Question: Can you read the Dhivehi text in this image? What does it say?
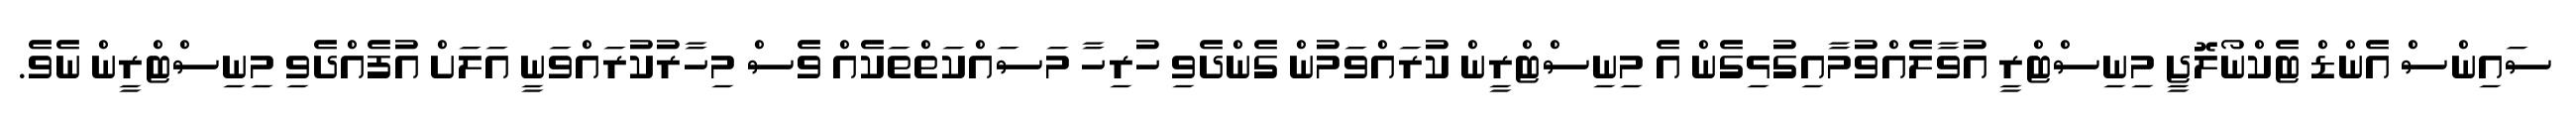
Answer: ސައިންސް އެންޑް ޓެކްނޯލޮޖީ މިނިސްޓްރީ އުވާލެއްވުމާއިގުޅިގެން އެ މިނިސްޓްރީން ކުރައްވަމުން ގެންދެވި ހުރިހާ މަސައްކަތްތަކެއް ވެސް މިހާރުކުރައްވަނީ އަލަށް އުފެއްދެވި މިނިސްޓްރީން ނެވެ.